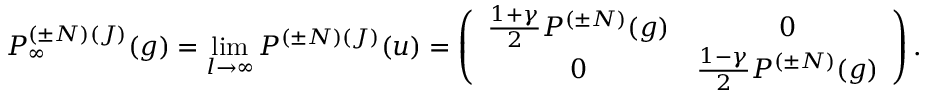
P _ { \infty } ^ { ( { \pm } N ) ( J ) } ( g ) = \operatorname * { l i m } _ { l { \rightarrow } { \infty } } P ^ { ( { \pm } N ) ( J ) } ( u ) = \left( \begin{array} { c c } { { \frac { 1 + { \gamma } } { 2 } { \cal P } ^ { ( { \pm } N ) } ( g ) } } & { { 0 } } \\ { { 0 } } & { { \frac { 1 - { \gamma } } { 2 } { \cal P } ^ { ( { \pm } N ) } ( g ) } } \end{array} \right) .